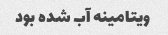
ویتامینه آب شده بود